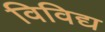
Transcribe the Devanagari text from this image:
विविद्य